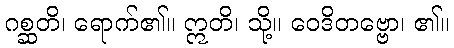
ဂစ္ဆတိ၊ ရောက်၏။ ဣတိ၊ သို့။ ဝေဒိတဗ္ဗော၊ ၏။